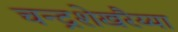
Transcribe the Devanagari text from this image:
चन्द्रशेखरैय्या